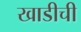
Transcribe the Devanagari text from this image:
खाडीची